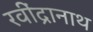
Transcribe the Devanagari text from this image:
रवींद्रानाथ